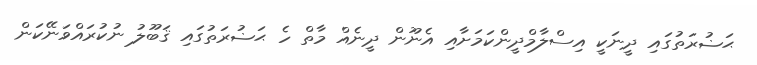
ޙަޟުރަތުގައި ދީނަކީ އިސްލާމްދީންކަމަށާއި އެނޫން ދީނެއް މާތް ހެ ޙަޟުރަތުގައި ޤަބޫލު ނުކުރައްވަނޭކަން